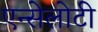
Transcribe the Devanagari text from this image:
एन्सेलोटी